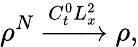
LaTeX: \rho^{N}\xrightarrow[]{C_{t}^{0}L_{x}^{2}}\rho,